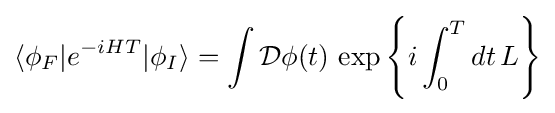
\langle \phi _{F}|e^{-iHT}|\phi _{I}\rangle =\int {\mathcal {D}}\phi (t)\,\exp \left\{i\int _{0}^{T}dt\,L\right\}